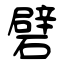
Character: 礕